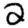
Digit: 2